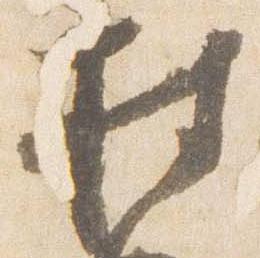
持